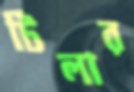
টিলার